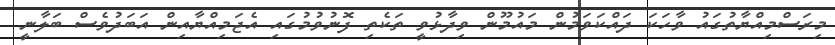
މިރަސްމިއްޔާތުގައު ވާހަކަ ދައްކަވަމުން މައުމޫން ވިދާޅުވީ ތަކެތި ފޮނުވުމުގައި އެޖަމިއްޔާއިން އަބަދުވެސް ބަލާނީ